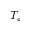
T _ { s }